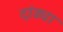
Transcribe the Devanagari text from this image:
दांड्या